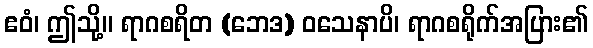
ဧဝံ၊ ဤသို့။ ရာဂစရိတ (ဘေဒ) ဝသေနာပိ၊ ရာဂစရိုက်အပြား၏